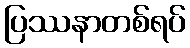
ပြဿနာတစ်ရပ်